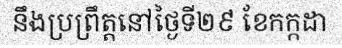
នឹងប្រព្រឹត្តនៅថ្ងៃទី២៩ ខែកក្កដា